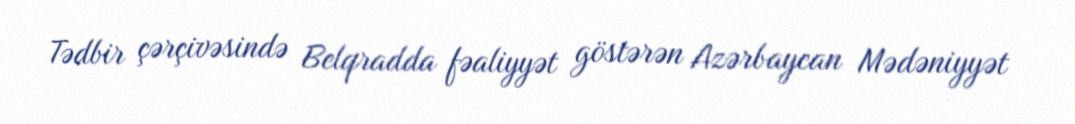
Tədbir çərçivəsində Belqradda fəaliyyət göstərən Azərbaycan Mədəniyyət